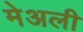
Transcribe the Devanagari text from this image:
मेअली